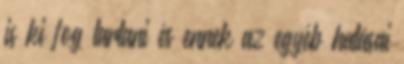
is ki fog tartani és ennek az egyéb hatásai